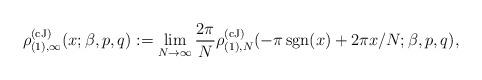
LaTeX: \begin{align*} \rho_{(1),\infty}^{(\rm cJ)}( x ;\beta,p,q) := \lim_{N \to \infty} {2 \pi \over N} \rho_{(1),N}^{(\rm cJ)}( -\pi \, {\rm sgn} (x) + 2 \pi x/ N ;\beta,p,q), \end{align*}